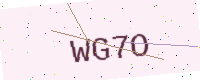
Text: WG7O